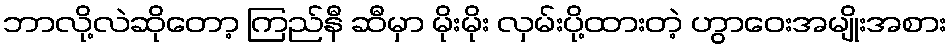
ဘာလို့လဲဆိုတော့ ကြည်နီ ဆီမှာ မိုးမိုး လှမ်းပို့ထားတဲ့ ဟွာဝေးအမျိုးအစား